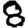
Digit: 8